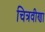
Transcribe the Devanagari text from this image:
चित्रवीणा